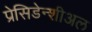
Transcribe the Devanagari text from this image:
प्रेसिडेन्शीअल